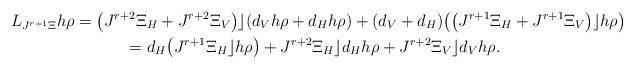
LaTeX: \begin{gather*} L_{ J^{r+1}\Xi} h\rho= \big(J^{r+2}\Xi_H + J^{r+2}\Xi_V\big)\rfloor (d_V h\rho + d_H h\rho) + (d_V+d_H)\big(\big(J^{r+1}\Xi_H + J^{r+1}\Xi_V\big)\rfloor h\rho\big) \\\hphantom{L_{ J^{r+1}\Xi} h\rho}{} = d_{H}\big( J^{r+1}\Xi_{H} \rfloor h\rho\big)+J^{r+2}\Xi_{H} \rfloor d_{H}h\rho+ J^{r+2}\Xi_{V} \rfloor d_{V}h\rho.\end{gather*}